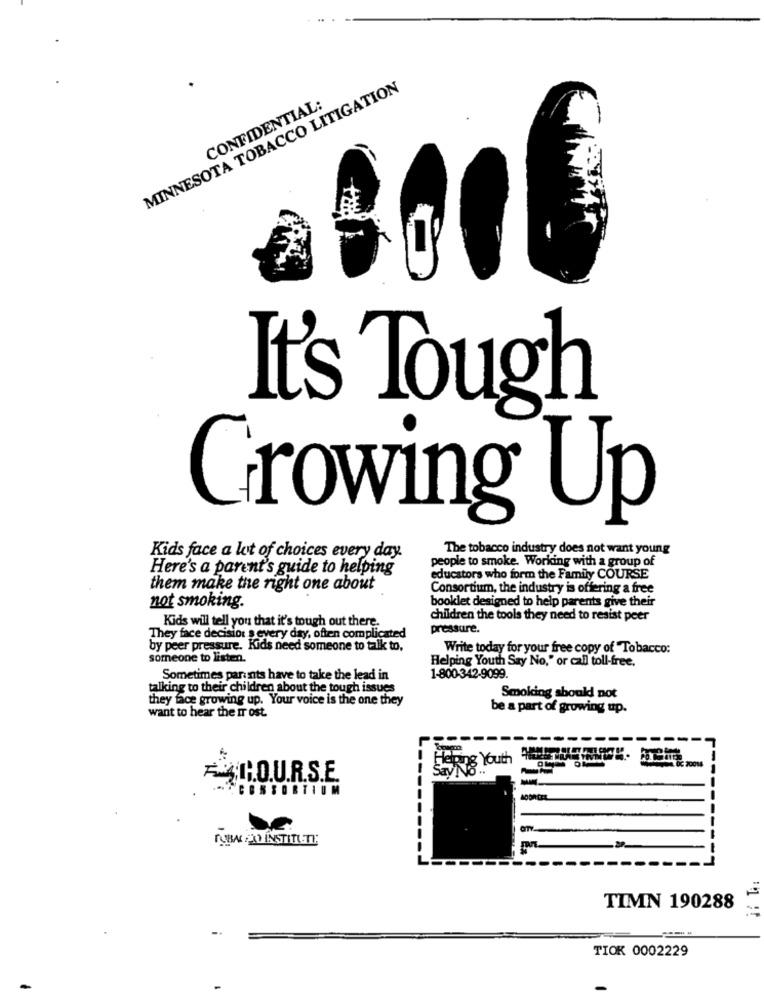
MINNESOTA TOBACCO LITIGATION
CONFIDENTIAL:
It's Tough
Growing Up
The tobacco industry does not want young
Kids face a lot of choices every day.
people to smoke. Working with a group of
Here's a parent's guide to helping
educators who form the Family COURSE
them make the right one about
Consortium, the industry is offering a free
booklet designed to help parents give their
not smoking.
Kids will tell you that it's tough out there.
children the tools they need to resist peer
pressure.
They face decision s every day, often complicated
by peer pressure. Kids need someone to talk to,
Write today for your free copy of Tobacco:
someone to listen.
Helping Youth Say No," or call toll-free.
Sometimes parants have to take the lead in
1-800-342-9099.
talking to their children about the tough issues
they face growing up. Your voice is the one they
Smoking should not
be a part of growing up.
want to hear the ir ost
----
ÀR.O.U.R.S.E.
.- CCONSORTIUM
TUBA JDINSTITUTE
---------
TIMN 190288
TIOK 0002229
-